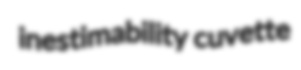
inestimability cuvette